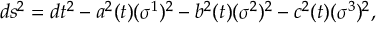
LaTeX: d s ^ { 2 } = d t ^ { 2 } - a ^ { 2 } ( t ) ( \sigma ^ { 1 } ) ^ { 2 } - b ^ { 2 } ( t ) ( \sigma ^ { 2 } ) ^ { 2 } - c ^ { 2 } ( t ) ( \sigma ^ { 3 } ) ^ { 2 } ,